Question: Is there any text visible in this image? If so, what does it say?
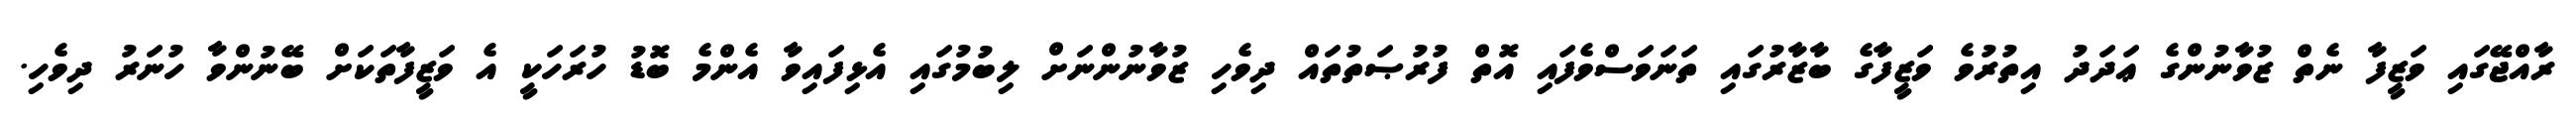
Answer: ރާއްޖޭގައި ވަޒީފާ ނެތް ޒުވާނުންގެ ޢަދަދު އިތުރުވެ ވަޒީފާގެ ބާޒާރުގައި ތަނަވަސްވެފައި އޮތް ފުރުޞަތުތައް ދިވެހި ޒުވާނުންނަށް ލިބުމުގައި އެޅިފައިވާ އެންމެ ބޮޑު ހުރަހަކީ އެ ވަޒީފާތަކަށް ބޭނުންވާ ހުނަރު ދިވެހި.